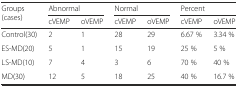
<table><thead><tr><td rowspan="2"><b>Groups (cases)</b></td><td colspan="2"><b>Abnormal</b></td><td colspan="2"><b>Normal</b></td><td colspan="2"><b>Percent</b></td></tr><tr><td><b>cVEMP</b></td><td><b>oVEMP</b></td><td><b>cVEMP</b></td><td><b>oVEMP</b></td><td><b>cVEMP</b></td><td><b>oVEMP</b></td></tr></thead><tbody><tr><td>Control(30)</td><td>2</td><td>1</td><td>28</td><td>29</td><td>6.67 %</td><td>3.34 %</td></tr><tr><td>ES-MD(20)</td><td>5</td><td>1</td><td>15</td><td>19</td><td>25 %</td><td>5 %</td></tr><tr><td>LS-MD(10)</td><td>7</td><td>4</td><td>3</td><td>6</td><td>70 %</td><td>40 %</td></tr><tr><td>MD(30)</td><td>12</td><td>5</td><td>18</td><td>25</td><td>40 %</td><td>16.7 %</td></tr></tbody></table>